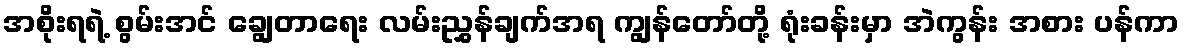
အစိုးရရဲ့ စွမ်းအင် ချွေတာရေး လမ်းညွှန်ချက်အရ ကျွန်တော်တို့ ရုံးခန်းမှာ အဲကွန်း အစား ပန်ကာ